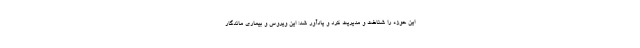
این حوزه را شناخت و مدیریت کرد و یادآور شد: این ویروس و بیماری ماندگار